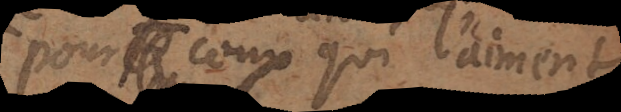
pour ceux qui l’aiment,